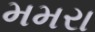
મમરા